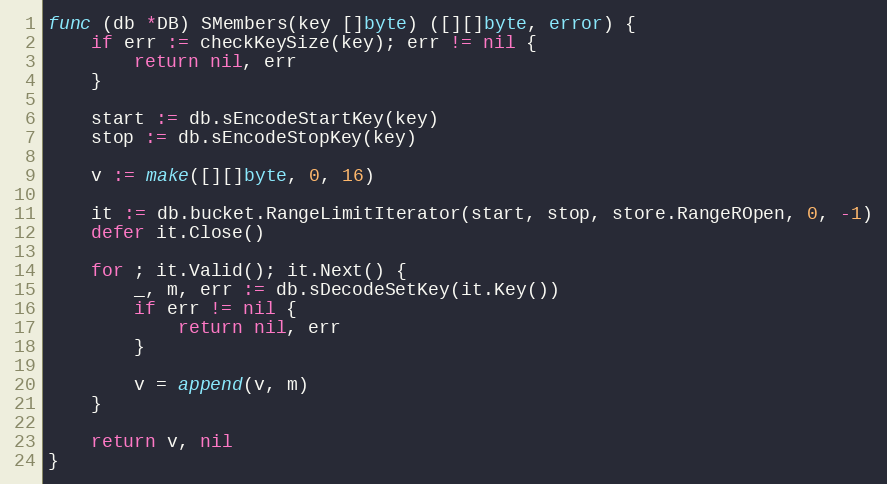
Language: Go
func (db *DB) SMembers(key []byte) ([][]byte, error) {
	if err := checkKeySize(key); err != nil {
		return nil, err
	}

	start := db.sEncodeStartKey(key)
	stop := db.sEncodeStopKey(key)

	v := make([][]byte, 0, 16)

	it := db.bucket.RangeLimitIterator(start, stop, store.RangeROpen, 0, -1)
	defer it.Close()

	for ; it.Valid(); it.Next() {
		_, m, err := db.sDecodeSetKey(it.Key())
		if err != nil {
			return nil, err
		}

		v = append(v, m)
	}

	return v, nil
}